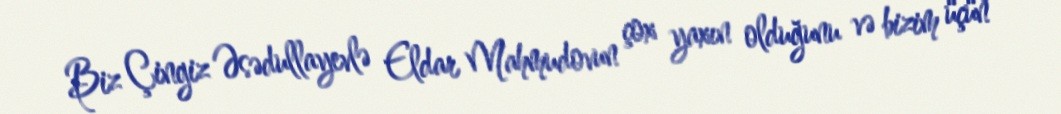
Biz Çingiz Əsədullayevlə Eldar Mahmudovun çox yaxın olduğunu və bizim üçün